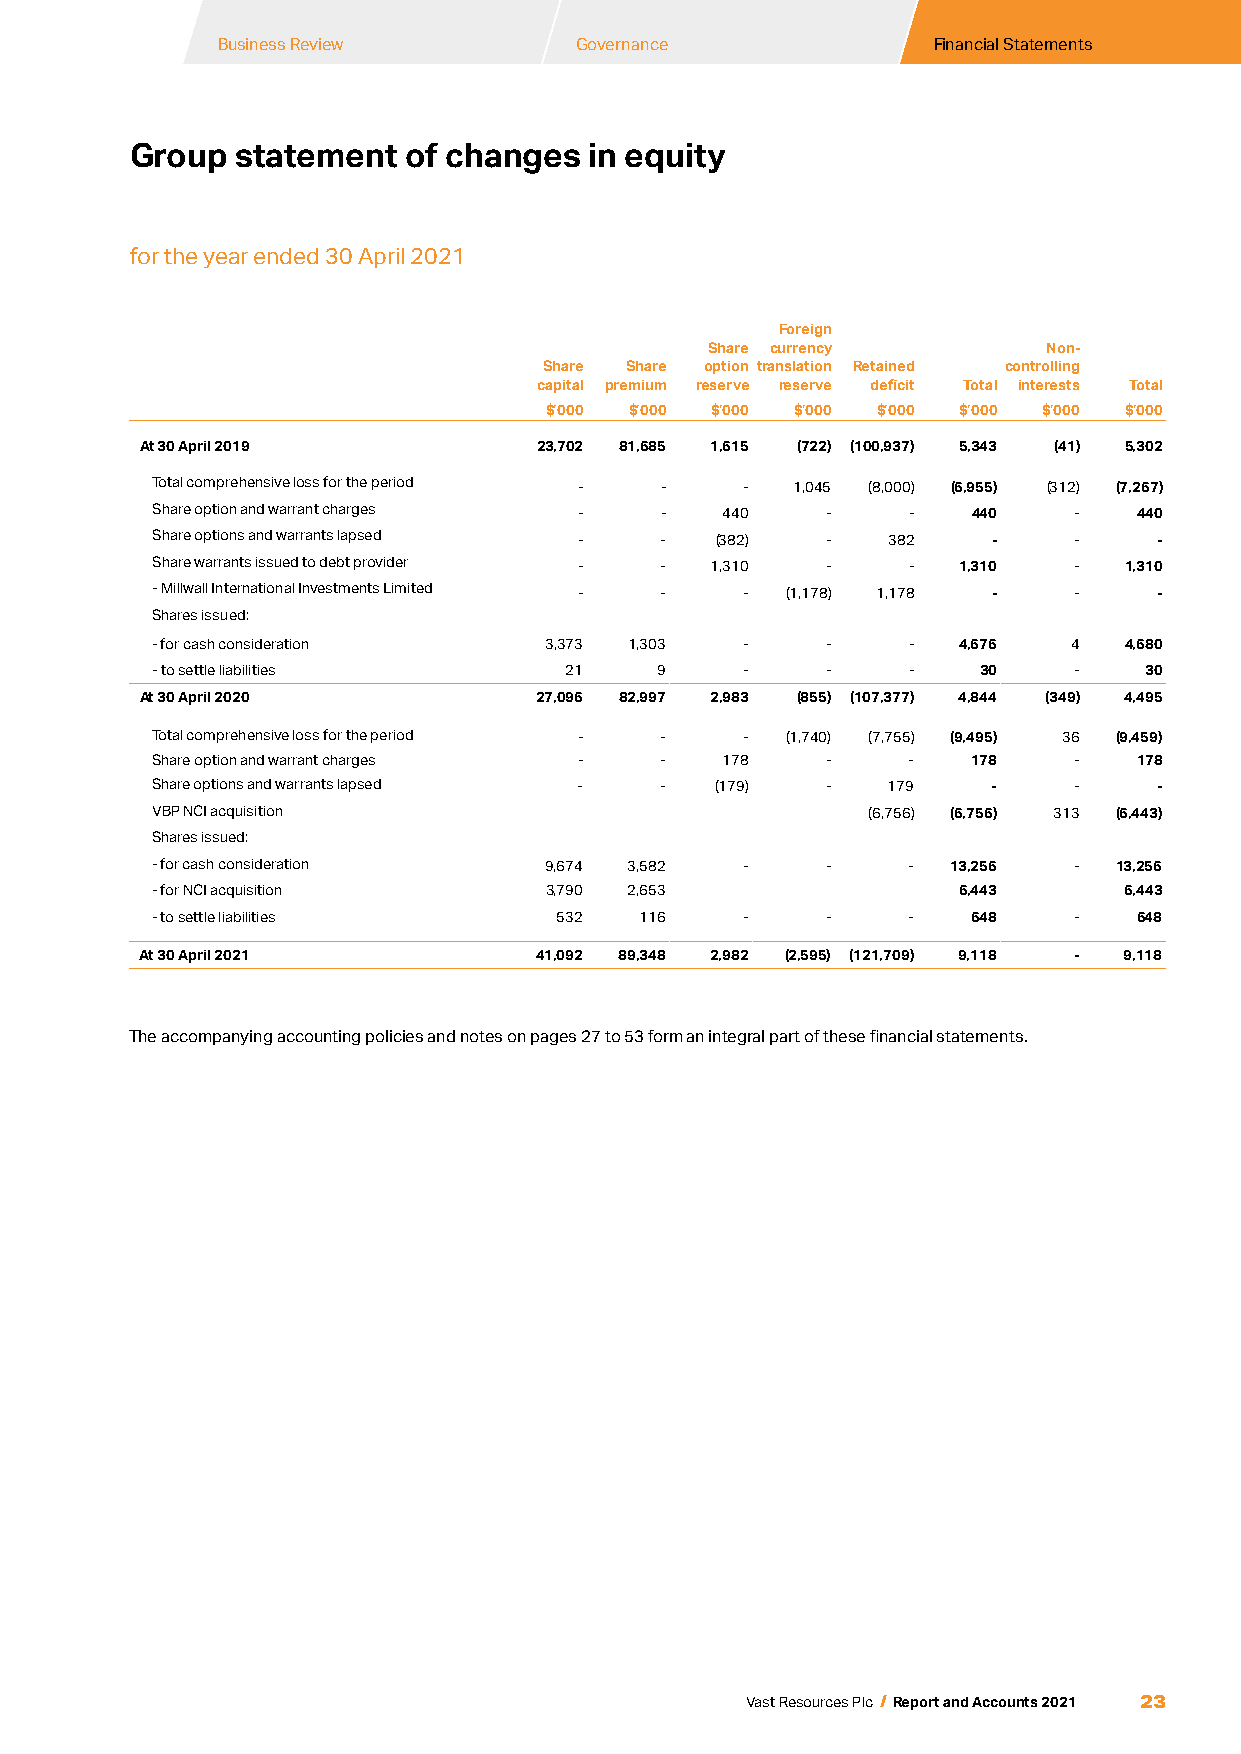
Business Review        Governance              Financial Statements
 Group  statement  of changes  in equity
 for the year ended 30 April 2021
 Foreign
 Share currency        Non-
 Share Share option translation Retained controlling
 capital premium reserve reserve deficit Total interests Total
 $’000 $’000 $’000 $’000 $’000 $’000 $’000 $’000
 At 30 April 2019           23,702 81,685 1,615 (722) (100,937) 5,343 (41) 5,302
 Total comprehensive loss for the period - - - 1,045 (8,000) (6,955) (312) (7,267)
 Share option and warrant charges - -  440    -    -   440    -   440
 Share options and warrants lapsed - - (382)  -   382    -    -     -
 Share warrants issued to debt provider - - 1,310 - -  1,310  -   1,310
 - Millwall International Investments Limited - - - (1,178) 1,178 - - -
 Shares issued:
 - for cash consideration  3,373 1,303  -     -    -   4,676  4   4,680
 - to settle liabilities     21    9    -     -    -    30    -    30
 At 30 April 2020           27,096 82,997 2,983 (855) (107,377) 4,844 (349) 4,495
 Total comprehensive loss for the period - - - (1,740) (7,755) (9,495) 36 (9,459)
 Share option and warrant charges - -  178    -    -   178    -   178
 Share options and warrants lapsed - - (179)  -   179    -    -     -
 VBP NCI acquisition                             (6,756) (6,756) 313 (6,443)
 Shares issued:
 - for cash consideration  9,674 3,582  -     -    -  13,256  -  13,256
 - for NCI acquisition     3,790 2,653                 6,443     6,443
 - to settle liabilities    532  116    -     -    -   648    -   648
 At 30 April 2021           41,092 89,348 2,982 (2,595) (121,709) 9,118 - 9,118
 The accompanying accounting policies and notes on pages 27 to 53 form an integral part of these financial statements.
 23
 Vast Resources Plc / Report and Accounts 2021